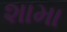
શામા